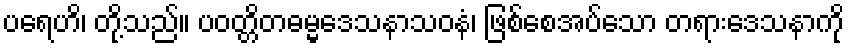
ပရေဟိ၊ တို့သည်။ ပဝတ္တိတဓမ္မဒေသနာသဝနံ၊ ဖြစ်စေအပ်သော တရားဒေသနာကို